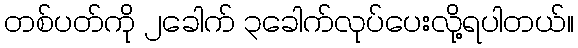
တစ်ပတ်ကို ၂ခေါက် ၃ခေါက်လုပ်ပေးလို့ရပါတယ်။